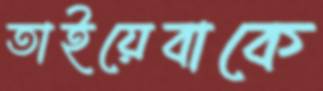
তাইয়েবাকে